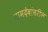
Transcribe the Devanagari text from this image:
नामदेवांवरील